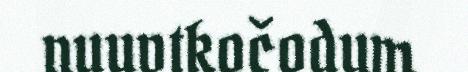
nuuvtkočodum